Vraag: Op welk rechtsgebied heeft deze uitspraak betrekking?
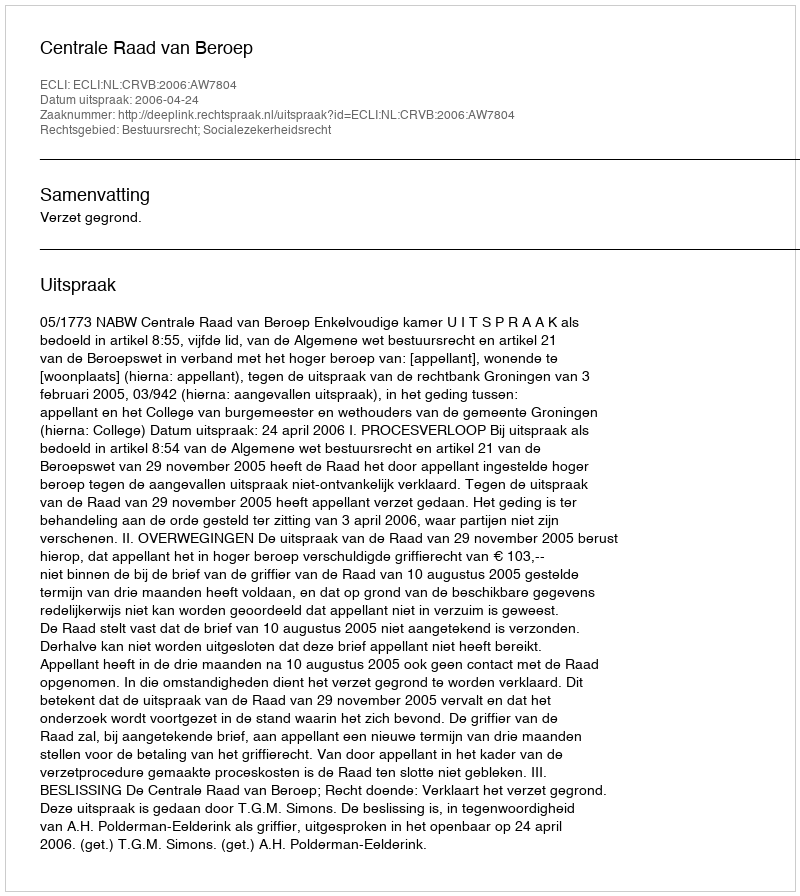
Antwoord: Bestuursrecht; Socialezekerheidsrecht